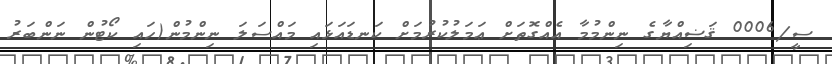
ސީ/0006 ޤަޟިއްޔާގެ ނިންމުމާ އެއްގޮތަށް ޢަމަލުކުރުމަށް ކަނޑައަޅައި މައްސަލަ ނިންމުން(ހައި ކޯޓުން ނަންބަރު